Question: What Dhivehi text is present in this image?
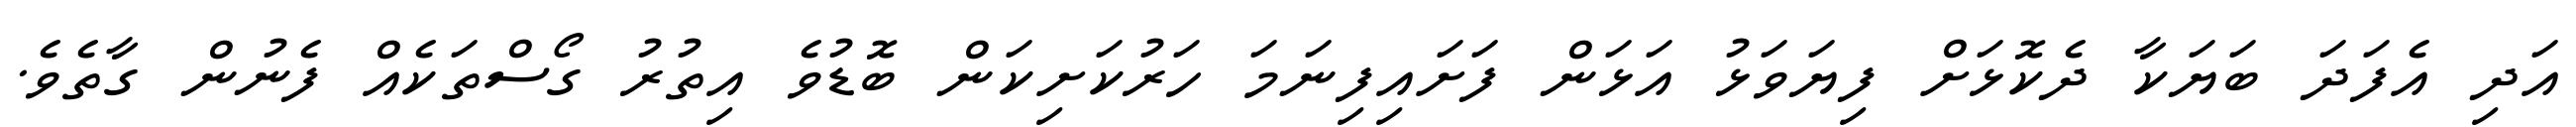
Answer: އަދި އެފަދަ ބަޔަކާ ދެކޮޅަށް ފިޔަވަޅު އަޅަން ފަށައިފިނަމަ ހަރުކަށިކަން ބޮޑުވެ އިތުރު ގޯސްތަކެއް ފެނުން ގާތެވެ.